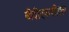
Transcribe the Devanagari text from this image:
बीवीएफसीएल